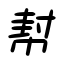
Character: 幇